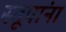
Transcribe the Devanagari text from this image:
स्तूपांना